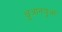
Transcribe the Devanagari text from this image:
क्षुआनयुआं